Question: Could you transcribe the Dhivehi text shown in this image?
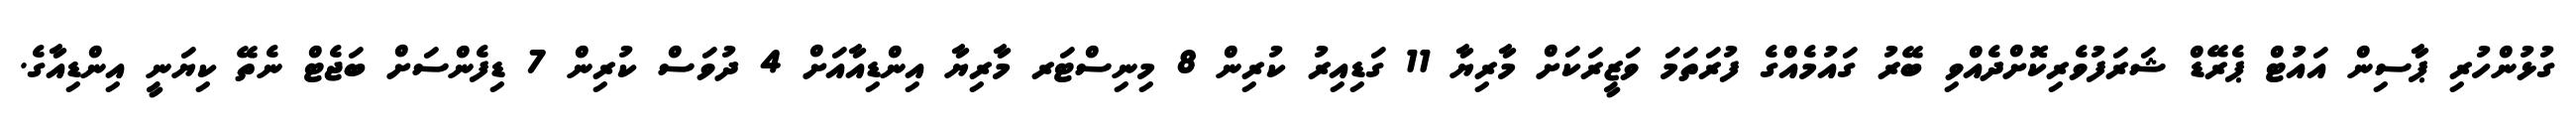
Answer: ގުޅުންހުރި ޕާސިން އައުޓް ޕެރޭޑް ޝަރަފުވެރިކޮށްދެއްވި ބޭރު ގައުމެއްގެ ފުރަތަމަ ވަޒީރަކަށް މާރިޔާ 11 ގަޑިއިރު ކުރިން 8 މިނިސްޓަރ މާރިޔާ އިންޑިއާއަށް 4 ދުވަސް ކުރިން 7 ޑިފެންސަށް ބަޖެޓް ނެތޭ ކިޔަނީ އިންޑިއާގެ.